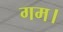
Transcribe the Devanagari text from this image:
गम।